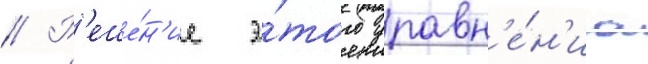
// Р'еше́н'ие э́того уравн'е́н'иа